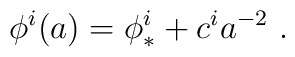
\phi^i (a)  = \phi^i_{*} + c^i a^{-2} \ .